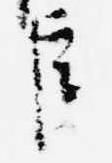
臣